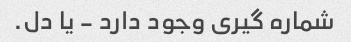
شماره گیری وجود دارد - یا دل.